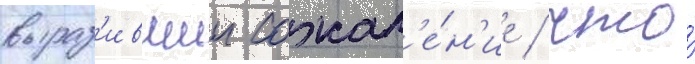
выраз'ившии сожал'е́н'ие / что́